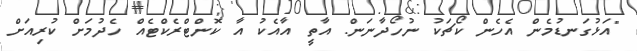
"އަޅުގަނޑުމެން އެހެން ކޯޗަކު ނުހޯދާނަން. އާތީ އާއެކު އާ ކޮންޓްރެކްޓެއް ހެދުމަށް ކުރިއަށް